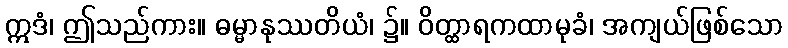
ဣဒံ၊ ဤသည်ကား။ ဓမ္မာနုဿတိယံ၊ ၌။ ဝိတ္ထာရကထာမုခံ၊ အကျယ်ဖြစ်သော